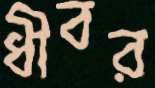
ধীবর